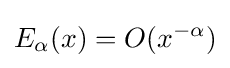
E_{\alpha }(x)=O(x^{-\alpha })